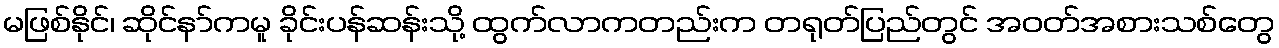
မဖြစ်နိုင်၊ ဆိုင်နာ်ကမူ ခိုင်းပန်ဆန်းသို့ ထွက်လာကတည်းက တရုတ်ပြည်တွင် အဝတ်အစားသစ်တွေ